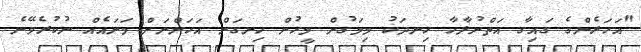
"އަހަރެންގެ ގައިގާ އަތްނުލާހާ ހިނދަކު މިމަގުން މީހުން ހިނގަން އަހަންނަށް މަނައެއް ނުކުރެވޭނެ